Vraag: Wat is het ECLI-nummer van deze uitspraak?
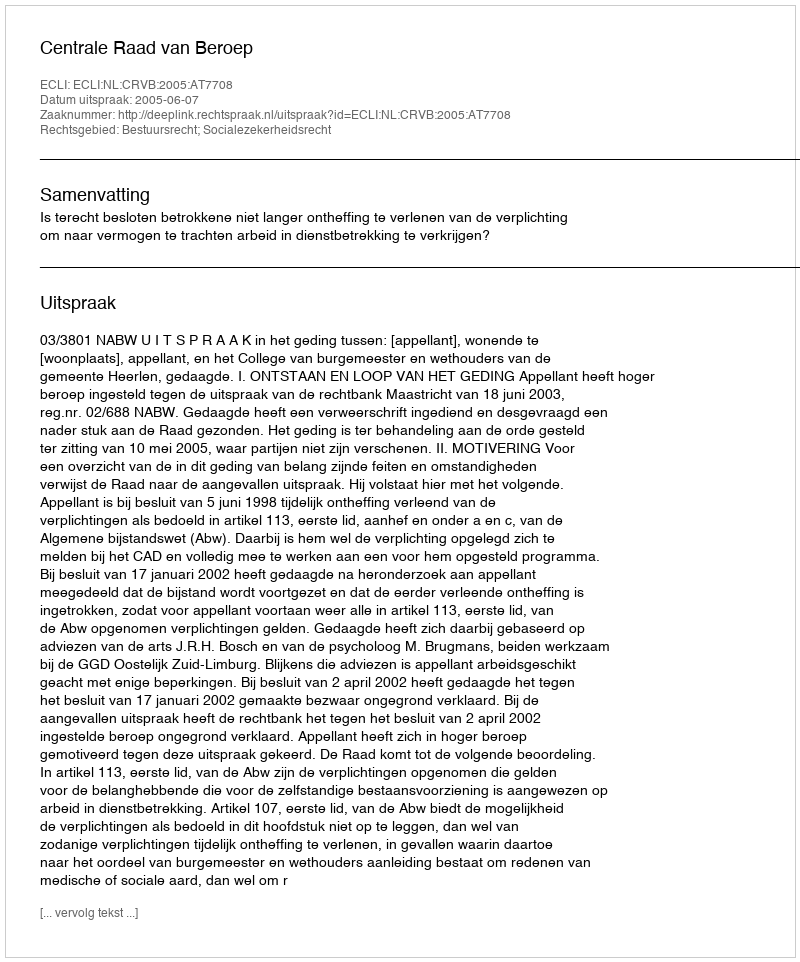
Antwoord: ECLI:NL:CRVB:2005:AT7708